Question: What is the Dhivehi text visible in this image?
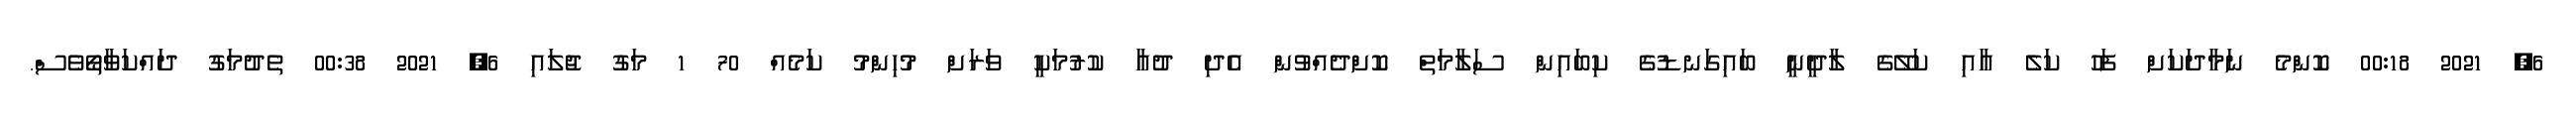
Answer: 6, 2021 00:18 ކޮންމެ ނަމާދަކަށް ފަހު ކަލެ އާއި ކަލޭގެ ލާދީނީ ބައިގަނޑުގެ ކިބައިން ސަލާމަތް ކޮށްދެއްވުން އެދި ދުއާ ކުރުމަކީ ވަރަށް މުހިންމު ކަމެއް 70 1 މަގު ޖުލައި 6, 2021 00:38 ތެދުމަގު ދައްކަވާތޯވެސް.